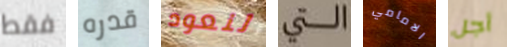
فقط قدره لنعود التي الامامي أجل